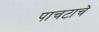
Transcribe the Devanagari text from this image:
पाचटाचे